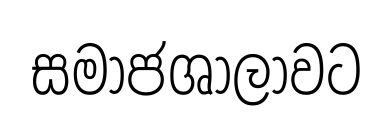
සමාජශාලාවට